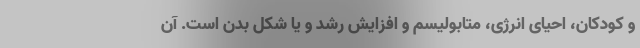
و کودکان، احیای انرژی، متابولیسم و افزایش رشد و یا شکل بدن است. آن